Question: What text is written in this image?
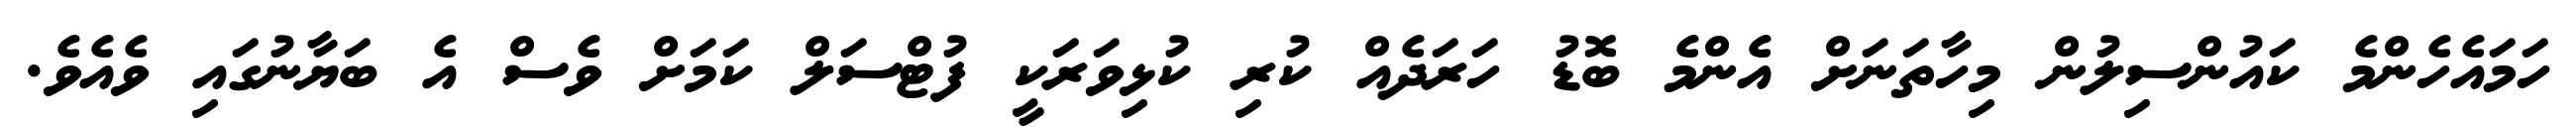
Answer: ހަމައެހެންމެ ކައުންސިލުން މިހާތަނަށް އެންމެ ބޮޑު ހަރަދެއް ކުރި ކުޅިވަރަކީ ފުޓްސަލް ކަމަށް ވެސް އެ ބަޔާނުގައި ވެއެވެ.